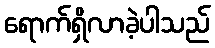
ရောက်ရှိလာခဲ့ပါသည်